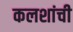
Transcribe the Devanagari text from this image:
कलशांची